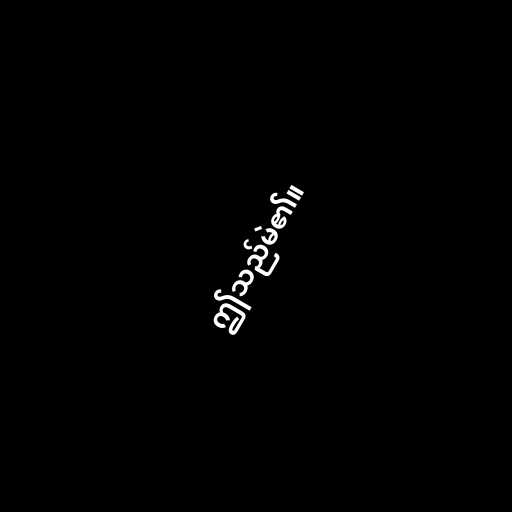
ဤသည်မဲ၏။